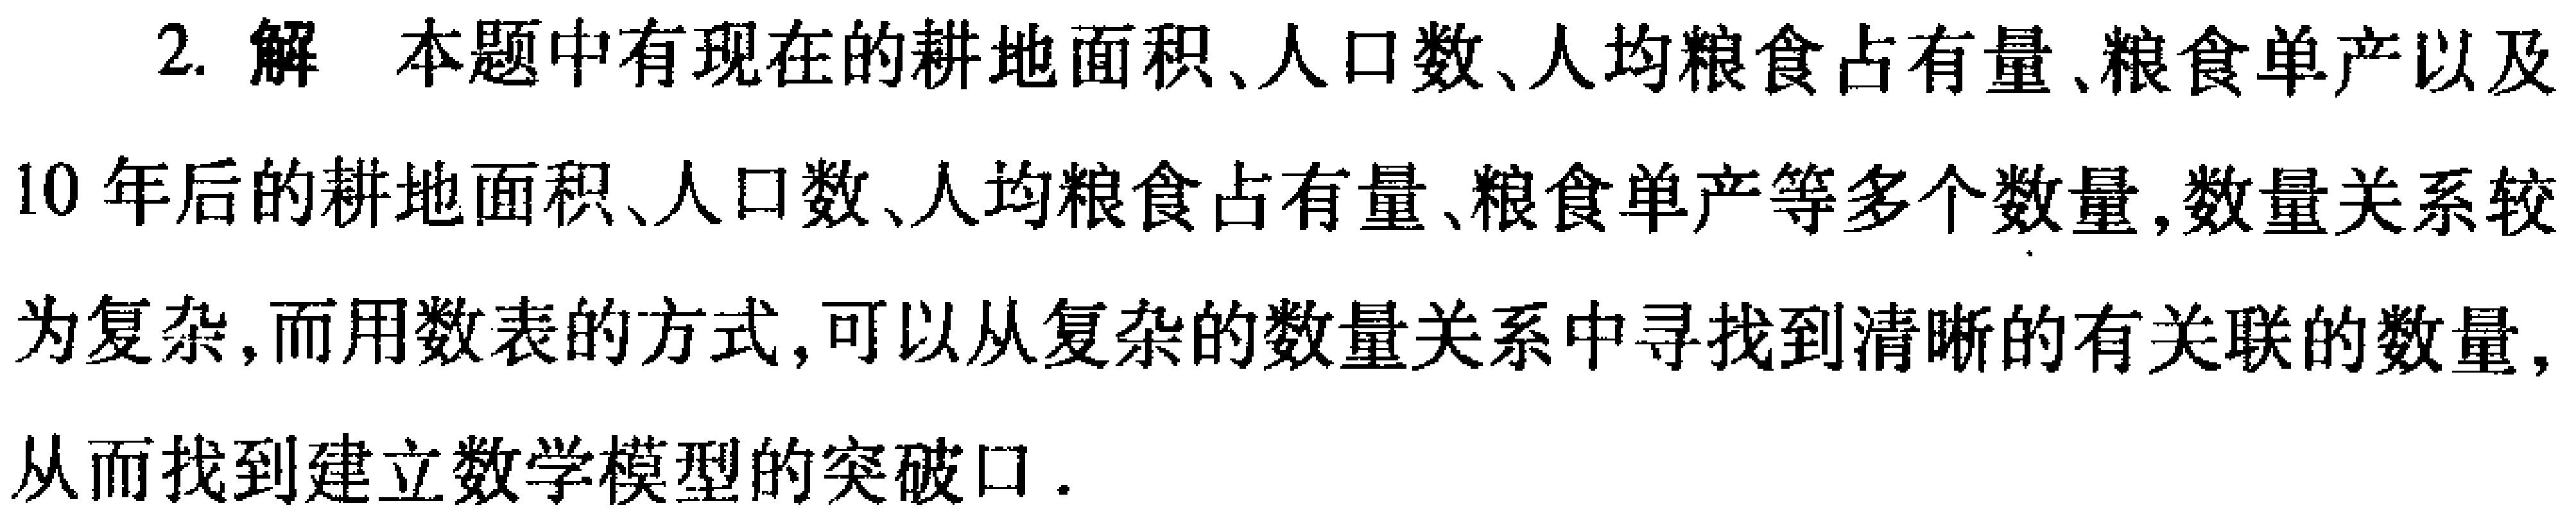
2. 解 本题中有现在的耕地面积、人口数、人均粮食占有量、粮食单产以及10年后的耕地面积、人口数、人均粮食占有量、粮食单产等多个数量,数量关系较为复杂,而用数表的方式,可以从复杂的数量关系中寻找到清晰的有关联的数量,从而找到建立数学模型的突破口.